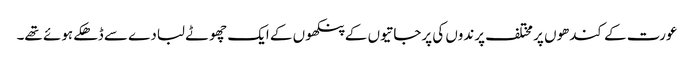
عورت کے کندھوں پر مختلف پرندوں کی پرجاتیوں کے پنکھوں کے ایک چھوٹے لبادے سے ڈھکے ہوئے تھے۔